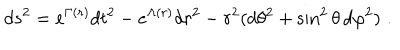
d s ^ { 2 } = e ^ { \Gamma ( r ) } d t ^ { 2 } - e ^ { \Lambda ( r ) } d r ^ { 2 } - r ^ { 2 } ( d \theta ^ { 2 } + \sin ^ { 2 } \theta \, d \varphi ^ { 2 } ) \, \, .